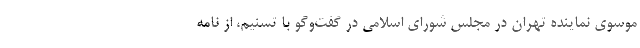
موسوی نماینده تهران در مجلس شورای اسلامی در گفت‌وگو با تسنیم، از نامه